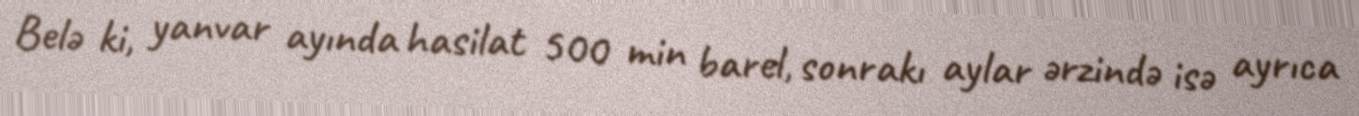
Belə ki, yanvar ayında hasilat 500 min barel, sonrakı aylar ərzində isə ayrıca